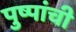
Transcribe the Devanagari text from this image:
पुष्पांची